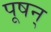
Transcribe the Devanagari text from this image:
पूषन्